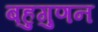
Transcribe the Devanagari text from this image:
बहुगुणन